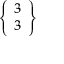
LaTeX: \left\{ \begin{array} { l } { 3 } \\ { 3 } \end{array} \right\}